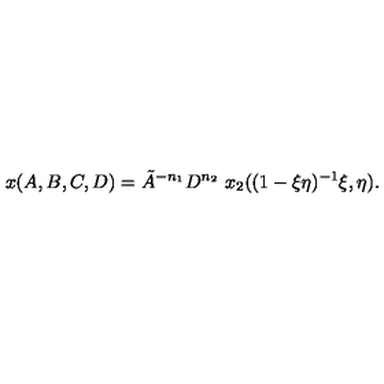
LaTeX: x ( A , B , C , D ) = \tilde { A } ^ { - n _ { 1 } } D ^ { n _ { 2 } } \ x _ { 2 } ( ( 1 - \xi \eta ) ^ { - 1 } \xi , \eta ) .